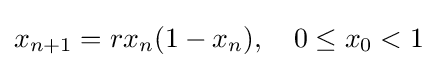
x_{n+1}=rx_{n}(1-x_{n}),\quad 0\leq x_{0}<1